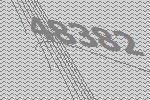
48382